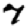
Digit: 7